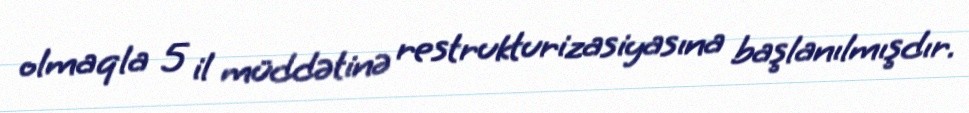
olmaqla 5 il müddətinə restrukturizasiyasına başlanılmışdır.